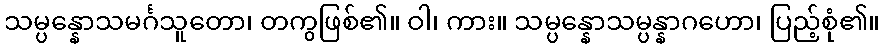
သမ္ပန္နောသမင်္ဂသူတော၊ တကွဖြစ်၏။ ဝါ၊ ကား။ သမ္ပန္နောသမ္ပန္နာဂဟော၊ ပြည့်စုံ၏။